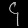
Digit: ၄